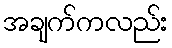
အချက်ကလည်း